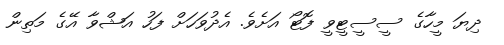
ދިޔަ މީހާގެ ސީސީޓީވީ ފޮޓޯ އަށެވެ. އެދުވަހަށް ފަހު އަޝްވާ އޭގެ މަތިން